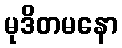
မုဒိတမနော